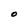
Character: O